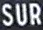
SUR